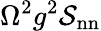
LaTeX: \Omega^{2}g^{2}\mathcal{S}_{\mathrm{{nn}}}